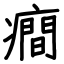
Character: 癎